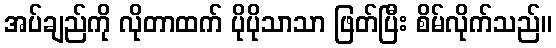
အပ်ချည်ကို လိုတာထက် ပိုပိုသာသာ ဖြတ်ပြီး စိမ်လိုက်သည်။